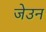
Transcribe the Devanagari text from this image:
जेउन